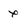
Character: X